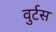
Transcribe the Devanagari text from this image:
वुर्टस